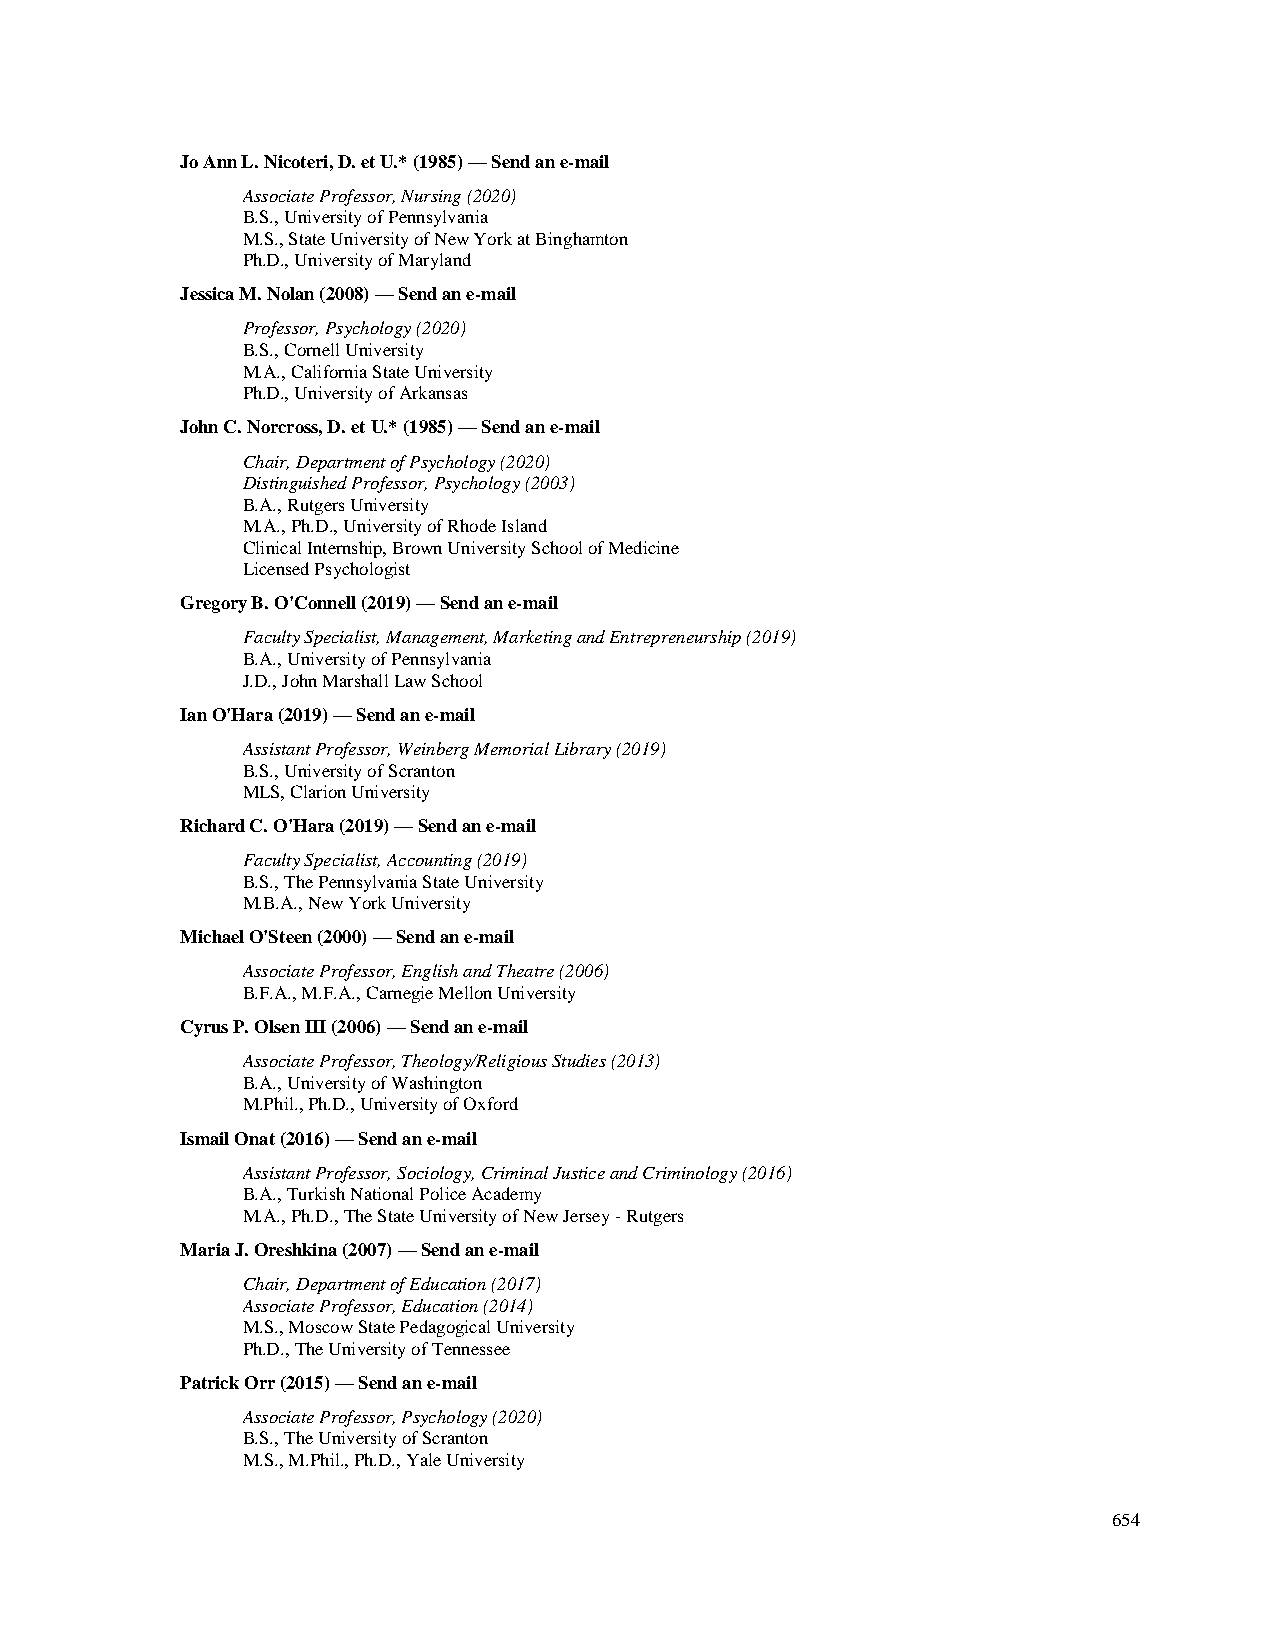
Jo Ann L. Nicoteri, D. et U.* (1985) — Send an e-mail
 Associate Professor, Nursing (2020)
 B.S., University of Pennsylvania
 M.S., State University of New York at Binghamton
 Ph.D., University of Maryland
 Jessica M. Nolan (2008) — Send an e-mail
 Professor, Psychology (2020)
 B.S., Cornell University
 M.A., California State University
 Ph.D., University of Arkansas
 John C. Norcross, D. et U.* (1985) — Send an e-mail
 Chair, Department of Psychology (2020)
 Distinguished Professor, Psychology (2003)
 B.A., Rutgers University
 M.A., Ph.D., University of Rhode Island
 Clinical Internship, Brown University School of Medicine
 Licensed Psychologist
 Gregory B. O'Connell (2019) — Send an e-mail
 Faculty Specialist, Management, Marketing and Entrepreneurship (2019)
 B.A., University of Pennsylvania
 J.D., John Marshall Law School
 Ian O'Hara (2019) — Send an e-mail
 Assistant Professor, Weinberg Memorial Library (2019)
 B.S., University of Scranton
 MLS, Clarion University
 Richard C. O'Hara (2019) — Send an e-mail
 Faculty Specialist, Accounting (2019)
 B.S., The Pennsylvania State University
 M.B.A., New York University
 Michael O'Steen (2000) — Send an e-mail
 Associate Professor, English and Theatre (2006)
 B.F.A., M.F.A., Carnegie Mellon University
 Cyrus P. Olsen III (2006) — Send an e-mail
 Associate Professor, Theology/Religious Studies (2013)
 B.A., University of Washington
 M.Phil., Ph.D., University of Oxford
 Ismail Onat (2016) — Send an e-mail
 Assistant Professor, Sociology, Criminal Justice and Criminology (2016)
 B.A., Turkish National Police Academy
 M.A., Ph.D., The State University of New Jersey - Rutgers
 Maria J. Oreshkina (2007) — Send an e-mail
 Chair, Department of Education (2017)
 Associate Professor, Education (2014)
 M.S., Moscow State Pedagogical University
 Ph.D., The University of Tennessee
 Patrick Orr (2015) — Send an e-mail
 Associate Professor, Psychology (2020)
 B.S., The University of Scranton
 M.S., M.Phil., Ph.D., Yale University
 654